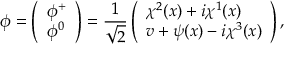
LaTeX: \phi = \left( \begin{array} { l } { { \phi ^ { + } } } \\ { { \phi ^ { 0 } } } \end{array} \right) = \frac { 1 } { \sqrt { 2 } } \left( \begin{array} { l } { { \chi ^ { 2 } ( x ) + i \chi ^ { 1 } ( x ) } } \\ { { v + \psi ( x ) - i \chi ^ { 3 } ( x ) } } \end{array} \right) ,